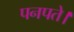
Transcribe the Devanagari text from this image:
पनपते।